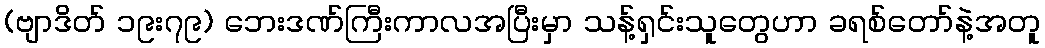
(ဗျာဒိတ် ၁၉း၇၉) ဘေးဒဏ်ကြီးကာလအပြီးမှာ သန့်ရှင်းသူတွေဟာ ခရစ်တော်နဲ့အတူ